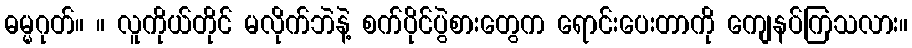
ဓမ္မဂုတ်။ ။ လူကိုယ်တိုင် မလိုက်ဘဲနဲ့ စက်ပိုင်ပွဲစားတွေက ရောင်းပေးတာကို ကျေနပ်ကြသလား။